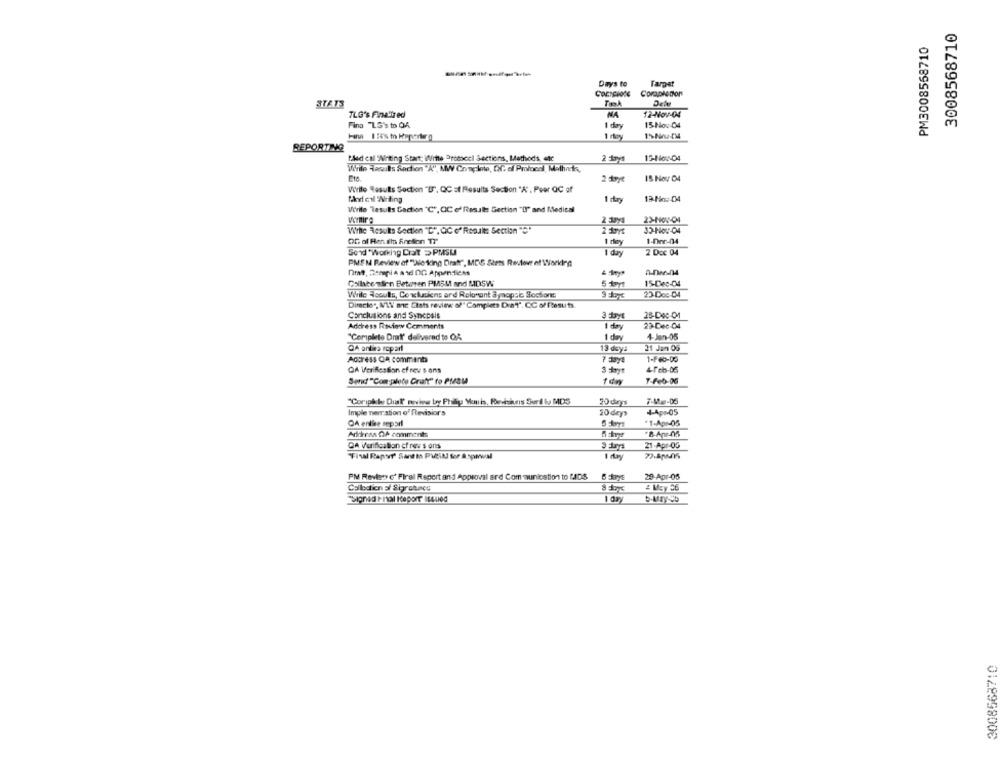
3008568710
PM3008558710
Days to
Tarppet
Coraplotfor
STATS
TLG's Finalized
NA
12-Nov-04
Fina "LG's to OK
1 day
15 No: 04
15-NnuIM
REPORTING
tled call "Writing Start: Witte Promocel Sections, Methods, etc
2 days
15-Nos-04
Virile Hauls Sechion "A", MW Complete, QC of Prolocal, Malhacks,
2 dage
15 Nov 04
Verile Results Section "D', QC st Results Section "A", Peer QC of
1 rry
13-Ho: 04
Virile Tesuls Gaction "C", QC e' Resale Section "DI" and Medical
23-NOV-04
Wthe Results Section "C", QC o' Result: Section "℃"
33-Nov-04
OG of Ren ali Anciion TI
1 dey
1-Dmc-04
Sodd Working Ciait > PMSU
1 day
2 Doc 04
PMEN Review of "Wale king Drat", MDG Stets Restove of Working
0-016-04
Callberlin Beturen PMSM and MDSW
15-Dec-04
While Aoouts, Conclusions ard Rolosont à mopsE Soctions
23 Doc-04
Directe", ILY ac Chats review of" Completa Diat'. CC of Resuts.
Conclusions and Syncosis
28-Dec-OM
Address Rovin Comments
1 day
23-Dec-04
1 day
4-Jan-05
"Complete Drat' delivered to OR
QA antina ropar
13 doy:
21 Jan 05
1-F-05
Actress OR comments
QA Verifesson ef rev s ons
4Feb-06
Sort "Com-palete Craft" to PM/SM
1 day
7-Feb-06
"Coripkk Dial' neview ty Philigy Mouls, Pevhikeis Suri lu MDS
7-14-05
Imple ner ation of Revisions
20 dey>
4-Apr-05
OA enlie separi
*1-Apr-05
Address Of comments
QA Verification cf rev's ons
21-Apr-05
"Final Rapor Santis PVil for Aspawal
1 day
PM Reviens o' Flral Report and Approval ard Com munlostion to KIDS
20-Apr-05
Collection of Sigrotuincs
1 day
3008568710